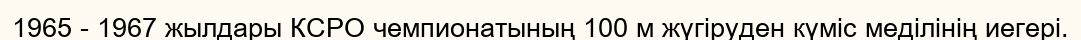
1965 - 1967 жылдары КСРО чемпионатының 100 м жүгіруден күміс меділінің иегері.